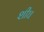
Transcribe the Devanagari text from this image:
शीघ